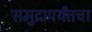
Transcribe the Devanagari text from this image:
समुद्रापर्यंतचा